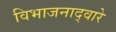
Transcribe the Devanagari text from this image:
विभाजनाद्वारे